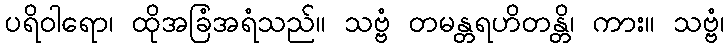
ပရိဝါရော၊ ထိုအခြံအရံသည်။ သဗ္ဗံ တမန္တရဟိတန္တိ၊ ကား။ သဗ္ဗံ၊